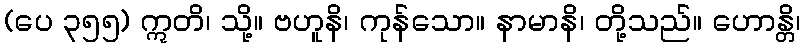
(ပေ ၃၅၅) ဣတိ၊ သို့။ ဗဟူနိ၊ ကုန်သော။ နာမာနိ၊ တို့သည်။ ဟောန္တိ၊